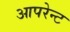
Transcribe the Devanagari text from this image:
आपरेन्ट